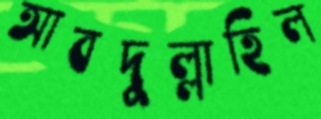
আবদুল্লাহিল